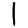
Digit: 1